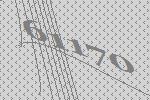
61170